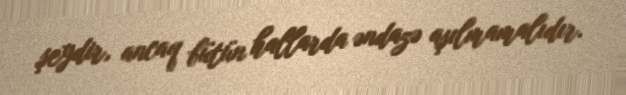
şeydir, ancaq bütün hallarda əndazə aşılmamalıdır.